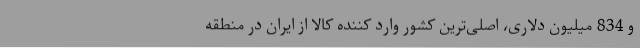
و 834 میلیون دلاری، اصلی‌ترین کشور وارد کننده کالا از ایران در منطقه